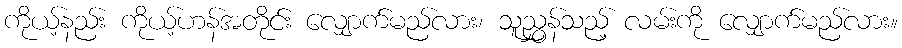
ကိုယ့်နည်း ကိုယ့်ဟန်အတိုင်း လျှောက်မည်လား၊ သူညွှန်သည့် လမ်းကို လျှောက်မည်လား။